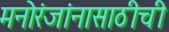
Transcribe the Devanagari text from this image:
मनोरंजांनासाठीची